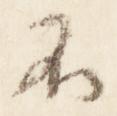
不